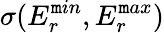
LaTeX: \sigma(E_{r}^{\mathtt{m}in},E_{r}^{\mathtt{m}ax})